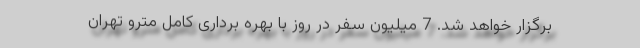
برگزار خواهد شد. 7 میلیون سفر در روز با بهره برداری کامل مترو تهران